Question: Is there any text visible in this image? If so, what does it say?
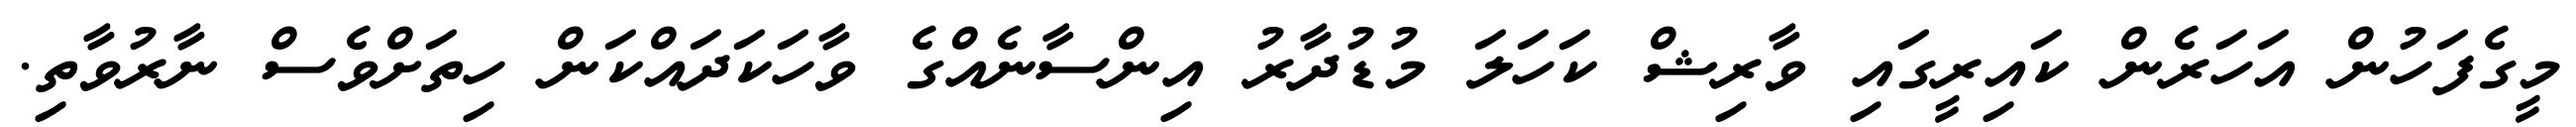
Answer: މީގެފަހުން އަހަރެން ކައިރީގައި ވާރިޝް ކަހަލަ މުޑުދާރު އިންސާނެއްގެ ވާހަކަދައްކަން ހިތަށްވެސް ނާރުވާތި.